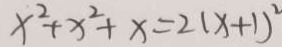
x ^ { 2 } + x ^ { 2 } + x = 2 ( x + 1 ) ^ { 2 }